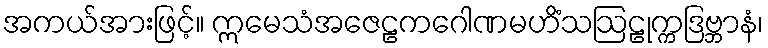
အကယ်အားဖြင့်။ ဣမေသံအဇေဠကဂေါဏမဟိံသဩဠုက္ကဒြဗ္ဘာနံ၊